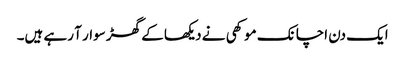
ایک دن اچانک موکھی نے دیکھا کے گھڑ سوار آ رہے ہیں۔